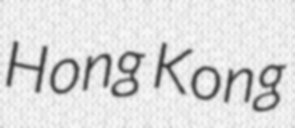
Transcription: Hong Kong